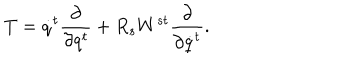
T = \dot { q } ^ { t } \frac { \partial } { \partial q ^ { t } } + R _ { s } W ^ { s t } \frac { \partial } { \partial \dot { q } ^ { t } } .